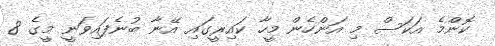
ކޮންމެ އަކަސް މި އަންހެން މީހާ ކައިރީގައި އޭނާ ބުނެފައިވަނީ މީގެ 8